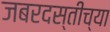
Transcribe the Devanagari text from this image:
जबरदस्तीच्या